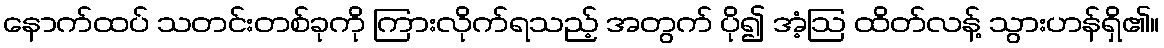
နောက်ထပ် သတင်းတစ်ခုကို ကြားလိုက်ရသည့် အတွက် ပို၍ အံ့ဩ ထိတ်လန့် သွားဟန်ရှိ၏။